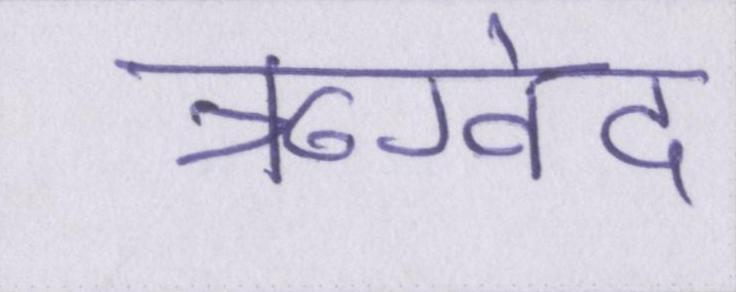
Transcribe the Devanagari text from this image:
ऋग्वेद